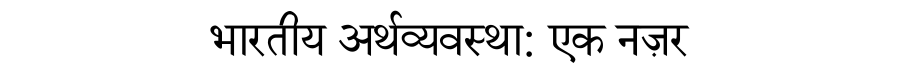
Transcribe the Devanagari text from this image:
भारतीय अर्थव्यवस्था: एक नज़र